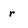
Character: r